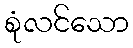
စုံလင်သော